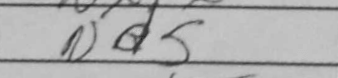
Transcription: Nd5